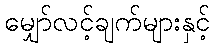
မျှော်လင့်ချက်များနှင့်